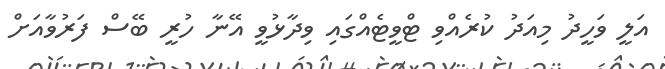
އަލީ ވަހީދު މިއަދު ކުރެއްވި ޓްވީޓެއްގައި ވިދާޅުވީ އޭނާ ހުރީ ބޭސް ފަރުވާއަށް